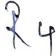
Text: R4